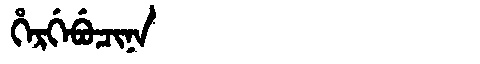
Manchu: ᡥᡝᡵᡤᡝᠪᡠᠴᡳᠨᠠ
Romanization: HERGEBUCINA